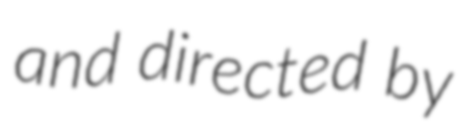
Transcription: and directed by